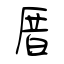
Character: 厝